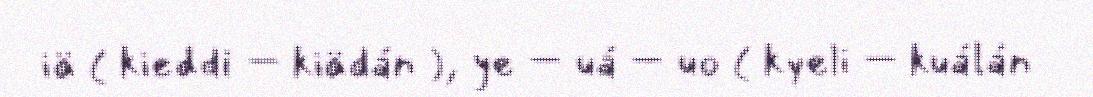
iä ( kieddi – kiädán ), ye – uá – uo ( kyeli – kuálán